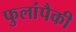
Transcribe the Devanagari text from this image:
फुलांपैकी